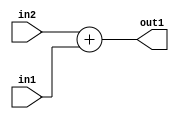
`timescale 1ps / 1ps
/*****************************************************************************
    Verilog RTL Description
    
    
    Created by: Stratus DpOpt 2019.1.01 
*******************************************************************************/

module st_weight_addr_gen_Add_32Ux16U_32U_4_3 (
	in2,
	in1,
	out1
	); /* architecture "behavioural" */ 
input [31:0] in2;
input [15:0] in1;
output [31:0] out1;
wire [31:0] asc001;

assign asc001 = 
	+(in2)
	+(in1);

assign out1 = asc001;
endmodule

/* CADENCE  ubP2Sgg= : u9/ySgnWtBlWxVPRXgAZ4Og= ** DO NOT EDIT THIS LINE ******/